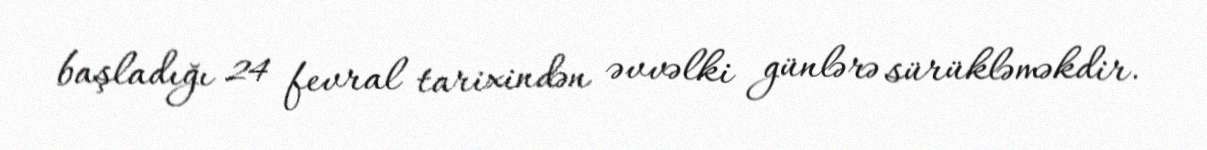
başladığı 24 fevral tarixindən əvvəlki günlərə sürükləməkdir.